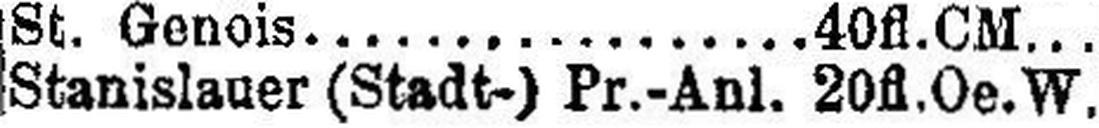
Stanislauer (Stadt-) Pr.-Anl. 20 fl.Oe.W.